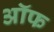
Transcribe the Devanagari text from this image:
अॉफ